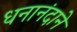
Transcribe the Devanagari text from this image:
धनानंदाने